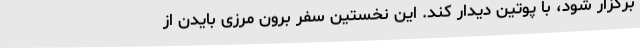
برگزار شود، با پوتین دیدار کند. این نخستین سفر برون مرزی بایدن از